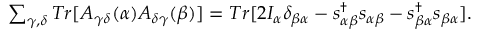
\begin{array} { r } { { \sum _ { \gamma , \delta } T r [ A _ { \gamma \delta } ( \alpha ) A _ { \delta \gamma } ( \beta ) ] = T r [ 2 I _ { \alpha } \delta _ { \beta \alpha } - s _ { \alpha \beta } ^ { \dagger } s _ { \alpha \beta } - s _ { \beta \alpha } ^ { \dagger } s _ { \beta \alpha } ] } . } \end{array}